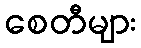
စေတီများ